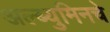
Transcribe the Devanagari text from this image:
अल्ब्युमिनचे